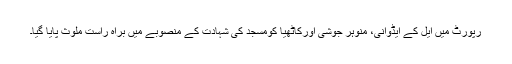
رپورٹ میں ایل کے ایڈوانی، منوہر جوشی اورکاٹھیا کومسجد کی شہادت کے منصوبے میں براہ راست ملوث پایا گیا۔